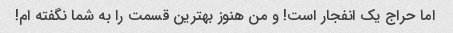
اما حراج یک انفجار است! و من هنوز بهترین قسمت را به شما نگفته ام!